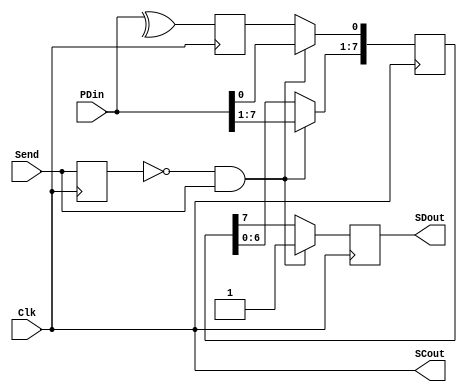
module Tx_LAB5_DRF(Clk,Send,PDin,SCout,SDout);  //Tx
	input Clk;
	input Send;   
	input [7:0] PDin;							// Paralel data
	output SCout;
	output SDout;

	reg [7:0] SRreg;							// Shiftregistertostore8-bitparalleldata
	reg Serial_out;								// Transmission condition
	reg r_Send;									
	reg ParErr;
	
	wire Send_1clk;
	
	always @(posedge Clk)
		begin
			r_Send <= Send;
			ParErr <= ^PDin[7:0];	// parity bit
		end
		
	assign Send_1clk = ~r_Send & Send;	

always @(posedge Clk)
        begin
            if (Send_1clk)
                begin
                    Serial_out <= 1'b1;            // starting condition
                    SRreg [7:0] <= PDin [7:0];    // Storing data
                end
            else                                  // Paralel to Serial transmission
                begin
                    Serial_out <= SRreg[7];        // MSB
                    SRreg[7:1] <= SRreg[6:0];    // shifting
                    SRreg[0] <= ParErr;            // clear LSB
                end
        end
 
	assign SCout = Clk; 						
	assign SDout = Serial_out; 					//Transmitting to Serial data 
 
endmodule